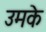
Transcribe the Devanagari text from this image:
उमके